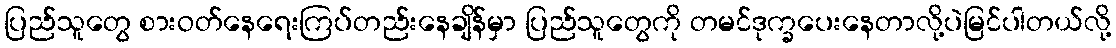
ပြည်သူတွေ စားဝတ်နေရေးကြပ်တည်းနေချိန်မှာ ပြည်သူတွေကို တမင်ဒုက္ခပေးနေတာလို့ပဲမြင်ပါတယ်လို့